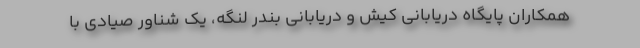
همکاران پایگاه دریابانی کیش و دریابانی بندر لنگه، یک شناور صیادی با